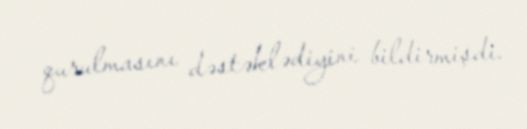
qurulmasını dəstəklədiyini bildirmişdi.